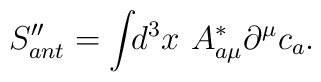
S_{ant}^{\prime \prime }=\int \!\!d^3x~A_{a\mu }^{*}\partial ^\mu c_a.